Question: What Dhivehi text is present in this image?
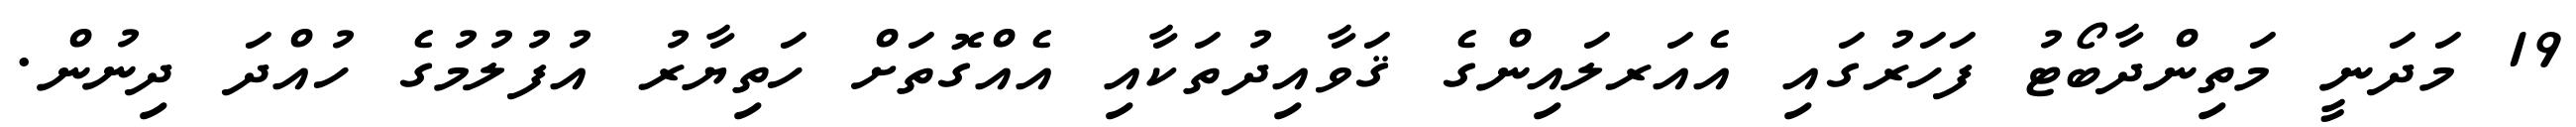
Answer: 19 މަދަނީ މަތިންދާބޯޓު ފަހަރުގައި އެއަރލައިންގެ ޤަވާއިދުތަކާއި އެއްގޮތަށް ހަތިޔާރު އުފުލުމުގެ ހުއްދަ ދިނުން.